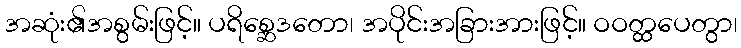
အဆုံး၏အစွမ်းဖြင့်။ ပရိစ္ဆေဒတော၊ အပိုင်းအခြားအားဖြင့်။ ဝဝတ္ထပေတွာ၊